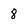
Character: 8